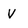
Character: v